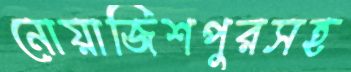
নোয়াজিশপুরসহ